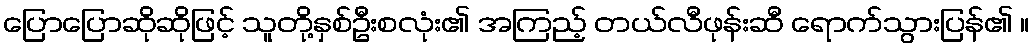
ပြောပြောဆိုဆိုဖြင့် သူတို့နှစ်ဦးစလုံး၏ အကြည့် တယ်လီဖုန်းဆီ ရောက်သွားပြန်၏ ။